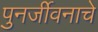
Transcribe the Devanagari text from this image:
पुनर्जीवनाचे